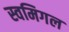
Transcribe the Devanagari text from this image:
स्वमिगल